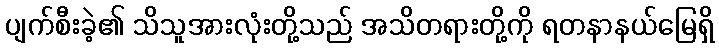
ပျက်စီးခဲ့၏ သိသူအားလုံးတို့သည် အသိတရားတို့ကို ရတနာနယ်မြေရှိ